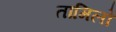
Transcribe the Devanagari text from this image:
तामिलो